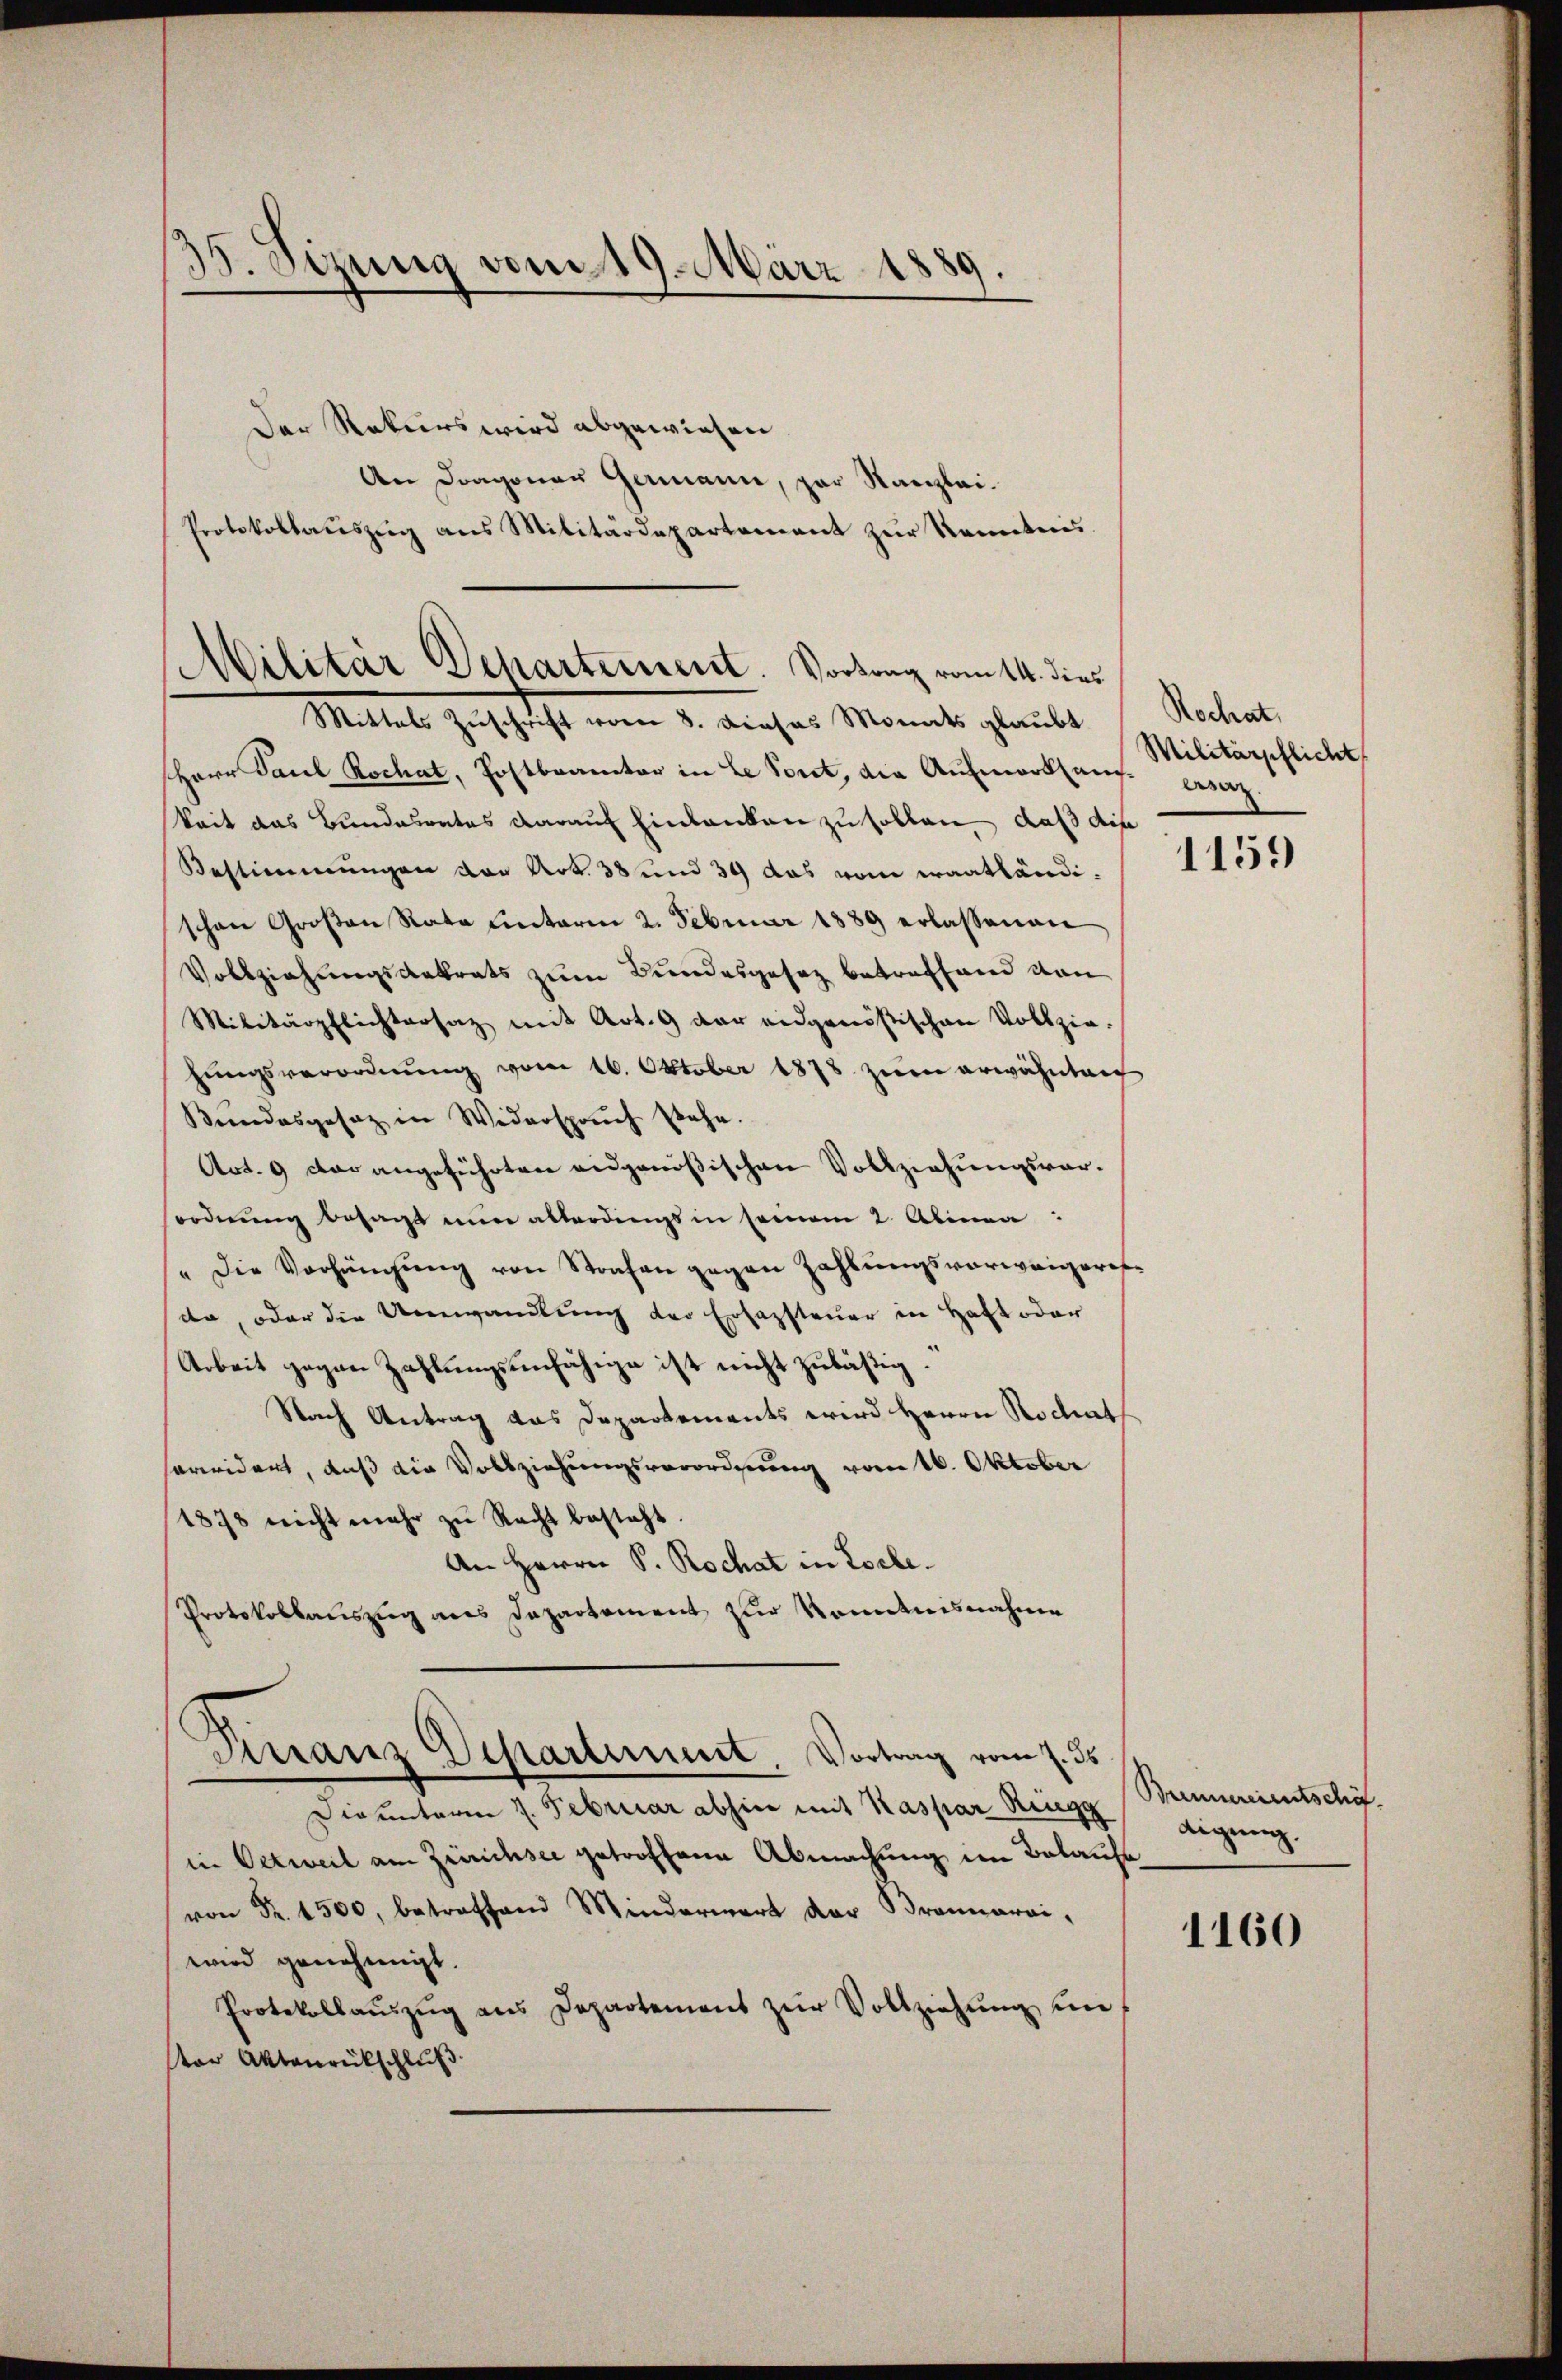
35. Sizung vom 19. März 1889.

Der Rekurs wird abgewiesen
An Dragoner Germann, par Kanzlei.
Protokollaŭszŭg ans Militärdepartement zŭr Kenntnis
Herr Paul Kochat, Postbrannter in Le Port, die Aufmerksauf-Caz.
keit das Bundesrates darauf Einbanken zu sollen, daß die
Bestimmungen vor Art. 38 und 34 das vom waathändischon Großen Rata unterm 2. Februar 1889 erlassenen
Vollziehungsdatrats zum Bundesgesetz betreffend von
Militärpflichtersatz mit Art. 9 der eidgenößischen Vollzie-
hŭngsverordnŭng vom 16. Oktober 1878 zum erwähnten
Bundesgesatz in Widerspruch stehe.
Art. 9 der angeführten eidgenößischen Vollziehungsvorordnŭng besagt mir allerdings in seinem 2. Alinea:
"Die Vorhängung von Strafen gegen Zahlungsverweigeresta, oder die Umwandlung der Erfassteuer in Haft oder
Arbeit gegen Zahlungsunfähige ist nicht zuläßig.
Nach Antrag das Departements wird Herrn Rochet
arwidert, daß die Vollziehungsverordnung vom 16. Oktober
1878 nicht mehr zu Recht besteht
An Herrn P. Rochat in Loche.
Protokollauszug aus Dapartement zur Kenntnisnahme
Finanz Departement. Vortrag vom 2. ds.
Dieunteren 7. Februar abhin mit Kaspar Ringg
in Oetweil am Zürichsee getroffene Abmachung im Belaufe
von Fr. 1500, betreffend Minderwert der Braunarai-
wird genehmigt.
Protokollaŭszŭg ans Departement zŭr Vollziehŭng ŭm f
ver Aktenrückschluß

Militär Departement. Vortrag vom 14. dies
Mittals Zuschrift vom 8. Dieses Monats glaubt

Rochat,
Militärschlicht

1159

Brennereientschäf
digung.

1160